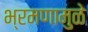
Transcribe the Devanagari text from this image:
भ्रमणामुळे